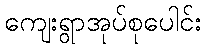
ကျေးရွာအုပ်စုပေါင်း